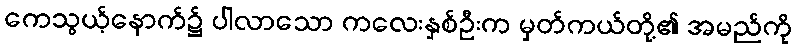
ကေသွယ့်နောက်၌ ပါလာသော ကလေးနှစ်ဦးက မှတ်ကယ်တို့၏ အမည်ကို